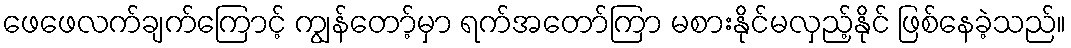
ဖေဖေလက်ချက်ကြောင့် ကျွန်တော့်မှာ ရက်အတော်ကြာ မစားနိုင်မလှည့်နိုင် ဖြစ်နေခဲ့သည်။